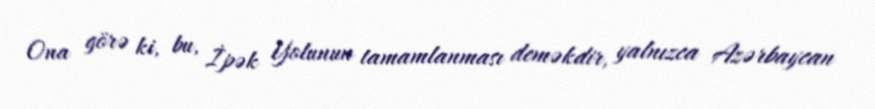
Ona görə ki, bu, İpək Yolunun tamamlanması deməkdir, yalnızca Azərbaycan